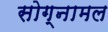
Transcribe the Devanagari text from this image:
सोग्नामल